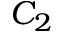
C _ { 2 }